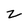
Character: z